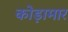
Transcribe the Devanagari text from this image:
कोड़ामार